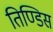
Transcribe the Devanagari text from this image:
तिण्डिस